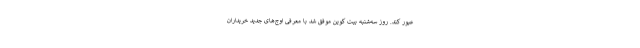
عبور کند. روز سه‌شنبه بیت کوین موفق شد با معرفی اوج‌های جدید خریداران